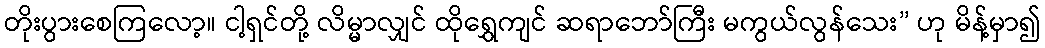
တိုးပွားစေကြလော့။ ငါ့ရှင်တို့ လိမ္မာလျှင် ထိုရွှေကျင် ဆရာဘော်ကြီး မကွယ်လွန်သေး” ဟု မိန့်မှာ၍